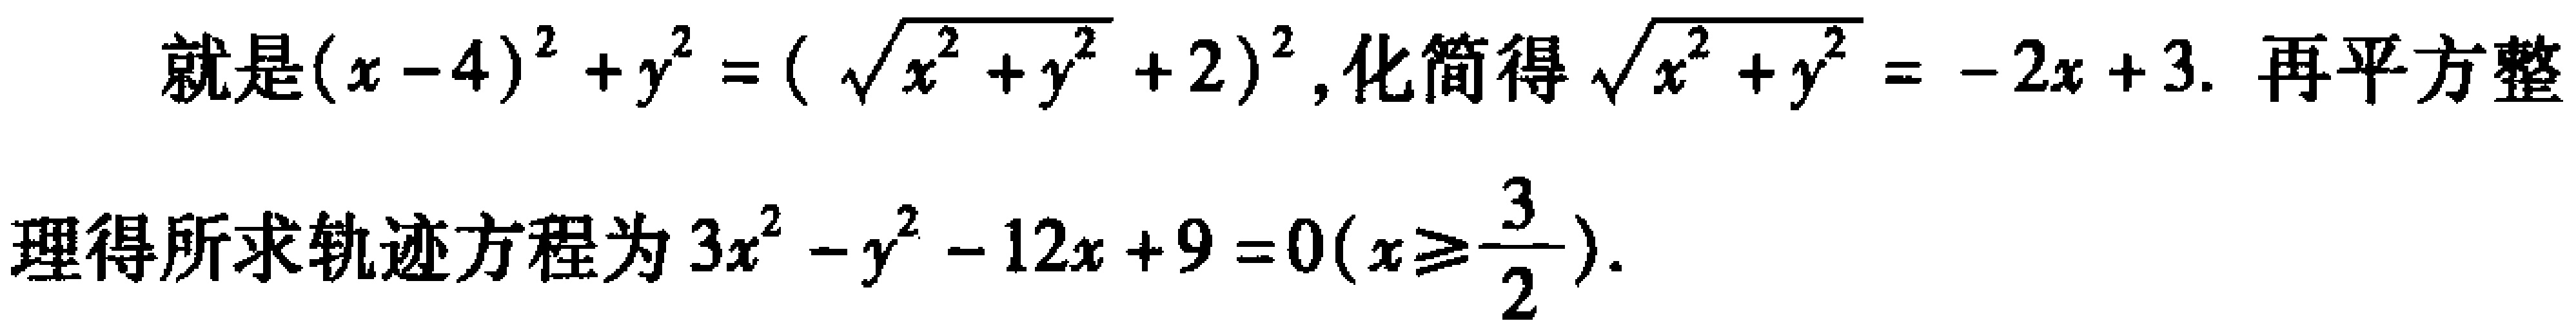
就是\((x - 4)^2 + y^2 = (\sqrt{x^2 + y^2} + 2)^2\), 化简得\(\sqrt{x^2 + y^2} = - 2x + 3\). 再平方整
理得所求轨迹方程为\(3x^{2} - y^{2} - 12x + 9 = 0(x\geqslant\frac{3}{2})\).